system: You are a helpful assistant.
user:
Analyze the provided spectrum to determine if it is a **M-type Giant (gM)**.

A M-type Giant spectrum is defined by its **strong molecular absorption** features, particularly from **Titanium Oxide (TiO)**. You must check for one of the following mutually exclusive signatures:

- **Key Visual Indicators (Absorption-Dominated Spectrum):**

    - **(Primary):** The spectrum is dominated by strong molecular absorption from **Titanium Oxide (TiO)**. This is the **defining feature** of its M-type temperature class.
        - **(Key Bandheads):** Look for sharp, "saw-tooth" absorption valleys. The strongest are located near **~7050 Å**, **~6160 Å**, and **~5170 Å**.
        - **(Line Profile):** The "saw-tooth" morphology is critical: a **sharp, steep drop on the BLUE (short-wavelength) side** of the bandhead, followed by a gradual recovery (rising flux) towards the RED (long-wavelength) side.

    - **(Key Confirmation - Giant vs. Dwarf):** **ABSENCE** of strong **Calcium Hydride (CaH)** molecular bands. This is the primary diagnostic for *excluding* M-dwarfs.
        - **(Key Region):** The spectrum should lack the strong, broad absorption band seen in dwarfs between **~6800 Å and ~7000 Å**.

    - **(Secondary Confirmation - Giant):** A very strong and broad **Neutral Calcium (Ca I)** atomic absorption line.
        - **(Key Line):** Located at **~4226 Å**. In a giant (gM), this line is significantly deeper and broader than the same line in an M-dwarf (dM) due to low surface gravity.

    - **(Overall Spectrum):**
        - The continuum is **extremely red-sloping** (i.e., flux is very low in the blue and rises dramatically towards the red).
        - The entire spectrum appears "chopped up" by the deep TiO bands.

Think first, call **spectral_visualization_tool** if needed to examine features in detail, then provide your final answer. Your response must adhere to the following strict rules:
1.  **Overall Structure:** Your response must follow the format `<think>...</think> <tool_call>...</tool_call> (if a tool is used) <answer>...</answer>`.
2.  **Tool Usage Constraint:** You may only make **one** tool call per turn.
3.  **Final Answer Format:** In the `<answer>` tag, your conclusion must be inside a `\boxed{}` command (e.g., `\boxed{YES}` or `\boxed{NO}`), followed by your justification.

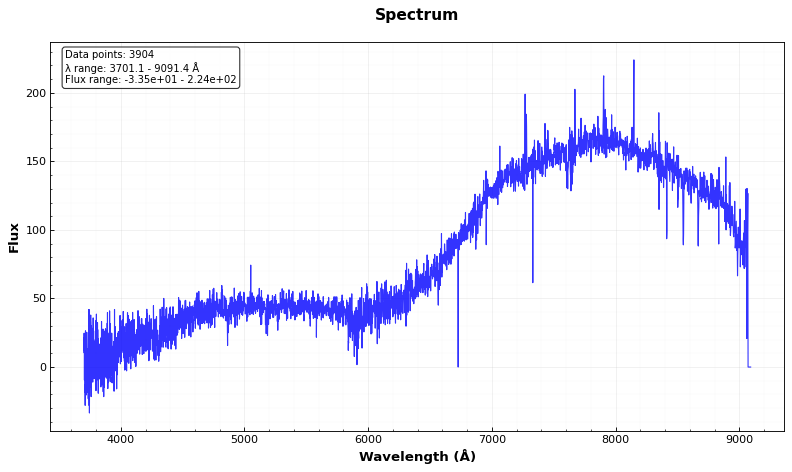
Answer: NO